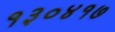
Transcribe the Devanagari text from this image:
१३०४१७